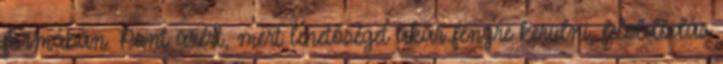
formában. Pont azért, mert lehetőséget akar fényre kerülni, feloldódás